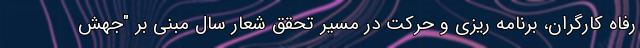
رفاه کارگران، برنامه ریزی و حرکت در مسیر تحقق شعار سال مبنی بر "جهش